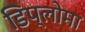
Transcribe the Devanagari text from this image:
डिप्‍लोमा